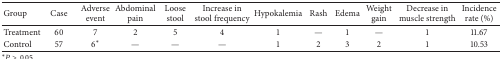
| Group | Case | Adverse event | Abdominal pain | Loose stool | Increase in stool frequency | Hypokalemia | Rash | Edema | Weight gain | Decrease in muscle strength | Incidence rate (%) |
 | --- | --- | --- | --- | --- | --- | --- | --- | --- | --- | --- | --- |
 | Treatment | 60 | 7 | 2 | 5 | 4 | 1 | — | 1 | — | 1 | 11.67 |
 | Control | 57 | 6* | — | — | — | 1 | 2 | 3 | 2 | 1 | 10.53 |